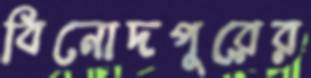
বিনোদপুরের